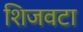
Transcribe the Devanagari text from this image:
शिजवटा